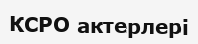
КСРО актерлері